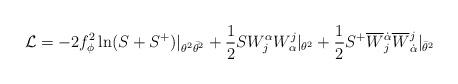
LaTeX: \begin{align*}{\cal L}=-2f_\phi^2 \ln(S+S^+)|_{\theta^2\bar{\theta^2}}+\frac{1}{2}SW^\alpha_j W_\alpha^j|_{\theta^2}+\frac{1}{2}S^+\overline{W}{}^{\dot{\alpha}}_j \overline{W}{}_{\dot{\alpha}}^j|_{\bar{\theta}^2}\end{align*}